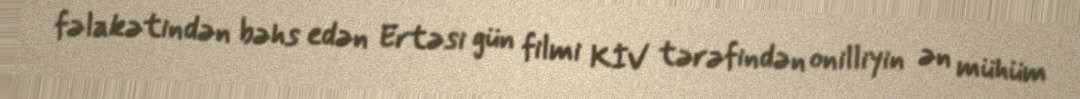
fəlakətindən bəhs edən Ertəsi gün filmi KİV tərəfindən onilliyin ən mühüm